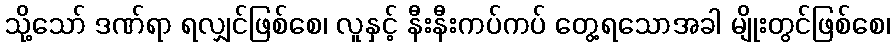
သို့သော် ဒဏ်ရာ ရလျှင်ဖြစ်စေ၊ လူနှင့် နီးနီးကပ်ကပ် တွေ့ရသောအခါ မျိုးတွင်ဖြစ်စေ၊